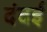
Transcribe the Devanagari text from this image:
दंदई